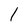
Character: 1